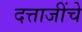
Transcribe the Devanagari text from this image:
दत्ताजींचे